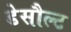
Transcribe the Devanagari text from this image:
डेसौल्ट